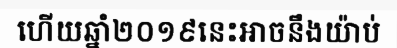
ហើយឆ្នាំ២០១៩នេះអាចនឹងយ៉ាប់